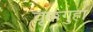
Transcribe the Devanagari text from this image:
वृक्कगुहा